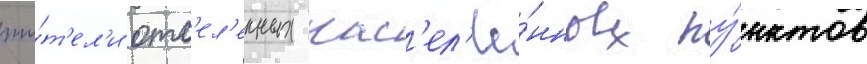
жи́т'ел'и отс'ел'енных нас'ел'ё́нных пу́нктов